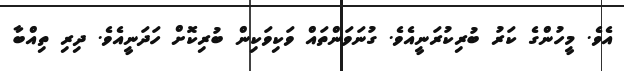
އެވެ. މީހުންގެ ކަރު ބުރިކުރަނީއެވެ. ގުނަވަންތައް ވަކިވަކިން ބުރިކޮށް ހަދަނީއެވެ. ދިރި ތިއްބާ